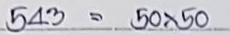
543 = 50 x 50